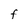
Character: F